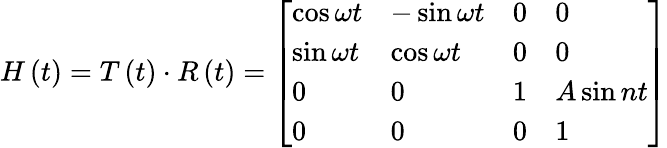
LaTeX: H\left(t\right)=T\left(t\right)\cdot R\left(t\right)=\left[\begin{array}{llll}{\cos\omega t}&{-\sin\omega t}&{0}&{0}\\ {\sin\omega t}&{\cos\omega t}&{0}&{0}\\ {0}&{0}&{1}&{A\sin nt}\\ {0}&{0}&{0}&{1}\end{array}\right]